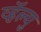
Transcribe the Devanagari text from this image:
व्हॅल्यु